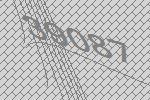
39087